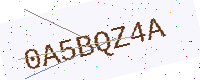
Text: 0A5BQZ4A